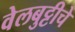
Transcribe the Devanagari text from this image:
वेलबुट्टीचे